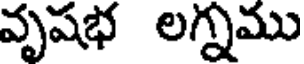
వృషభ లగ్నము